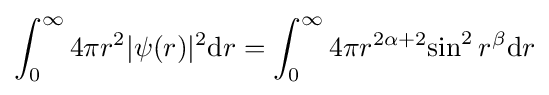
\int _{0}^{\infty }4\pi r^{2}|\psi (r)|^{2}{\text{d}}r=\int _{0}^{\infty }4\pi r^{2\alpha +2}{\sin ^{2}r^{\beta }}{\text{d}}r